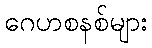
ဂေဟစနစ်များ